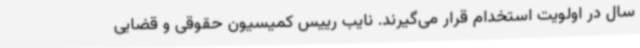
سال در اولویت استخدام قرار می‌گیرند. نایب رییس کمیسیون حقوقی و قضایی